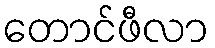
တောင်ဖီလာ